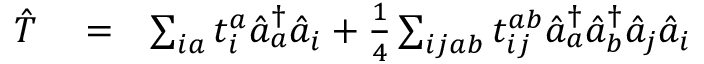
\begin{array} { r l r } { \hat { T } } & { { } = } & { \sum _ { i a } t _ { i } ^ { a } \hat { a } _ { a } ^ { \dagger } \hat { a } _ { i } + \frac { 1 } { 4 } \sum _ { i j a b } t _ { i j } ^ { a b } \hat { a } _ { a } ^ { \dagger } \hat { a } _ { b } ^ { \dagger } \hat { a } _ { j } \hat { a } _ { i } } \end{array}